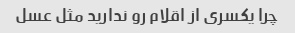
چرا یکسری از اقلام رو ندارید مثل عسل